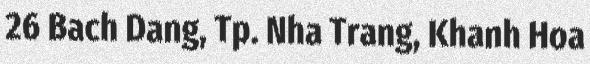
26 Bach Dang, Tp. Nha Trang, Khanh Hoa